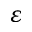
\varepsilon